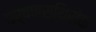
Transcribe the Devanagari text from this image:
घर्षणस्थिरांक